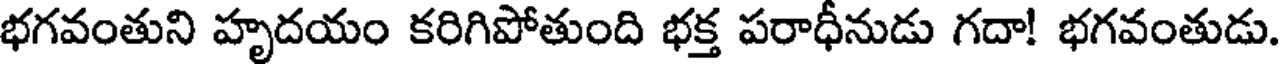
భగవంతుని హృదయం కరిగిపోతుంది భక్త పరాధీనుడు గదా! భగవంతుడు.